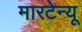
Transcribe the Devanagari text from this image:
मारटेन्यू